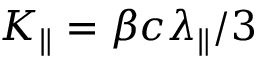
K _ { \parallel } = \beta c \lambda _ { \parallel } / 3